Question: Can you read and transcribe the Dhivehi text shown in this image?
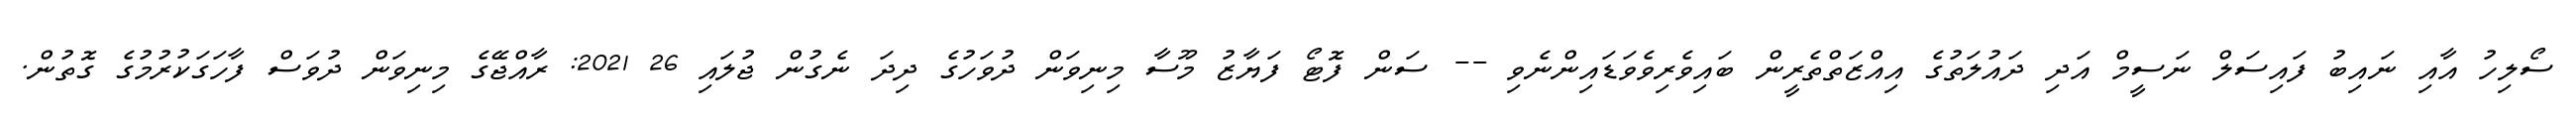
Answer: ސޯލިހު އާއި ނައިބު ފައިސަލް ނަސީމް އަދި ދައުލަތުގެ އިއްޒަތްތެރީން ބައިވެރިވެވަޑައިންނެވި -- ސަން ފޮޓޯ ފަޔާޒު މޫސާ މިނިވަން ދުވަހުގެ ދިދަ ނެގުން ޖުލައި 26 2021: ރާއްޖޭގެ މިނިވަން ދުވަސް ފާހަގަކުރުމުގެ ގޮތުން.